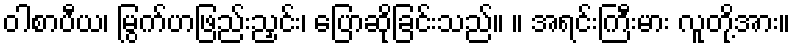
ဝါစာပီယ၊ မြွက်ဟဖြည်းညှင်း၊ ပြောဆိုခြင်းသည်။ ။ အရင်းကြီးမား လူတို့အား။